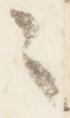
之